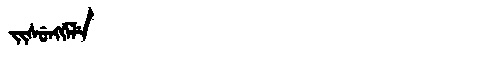
Manchu: ᠵᡳᠰᡠᠩᡤᡝᠯᡝ
Romanization: JISUNGGELE